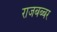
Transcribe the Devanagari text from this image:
राजबब्बर